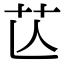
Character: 𦬆